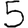
Digit: 5